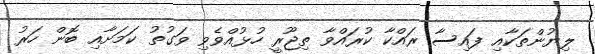
ލިޔުންތަކާއި ފައިސާ ރައްކާ ކުރައްވާ ތިޖޫރީ ހުޅުއްވެވި ވަގުތު ކަމަށާއި ބޮން ހަރު